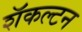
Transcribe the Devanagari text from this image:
शॅकल्टन